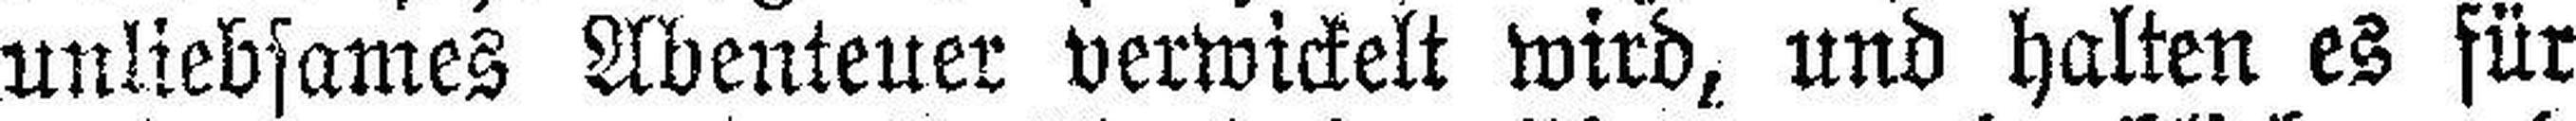
unliebsames Abenteuer verwickelt wird, und halten es für